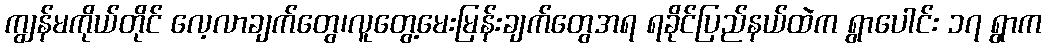
ကျွန်မကိုယ်တိုင် လေ့လာချက်တွေ၊လူတွေ့မေးမြန်းချက်တွေအရ ရခိုင်ပြည်နယ်ထဲက ရွာပေါင်း ၁၇ ရွာက